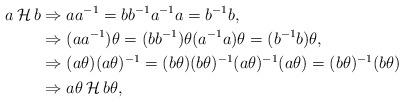
LaTeX: \begin{align*}a \, \mathcal{H} \, b & \Rightarrow aa^{-1}=bb^{-1} a^{-1}a=b^{-1}b, \\& \Rightarrow (aa^{-1})\theta= (bb^{-1})\theta (a^{-1}a)\theta = (b^{-1}b)\theta, \\& \Rightarrow (a\theta)(a\theta)^{-1} = (b\theta)(b\theta)^{-1} (a\theta)^{-1}(a\theta)=(b\theta)^{-1}(b\theta) \\& \Rightarrow a\theta \, \mathcal{H} \, b\theta,\end{align*}